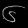
Digit: ၆